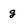
Character: g